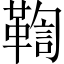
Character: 鞫